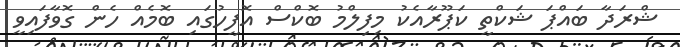
ޝްރަދާ ބައްޕަ ޝަކްތީ ކަޕޫރާއެކު މިފިލްމު ބޮކްސް އޮފީހުގައި ބޮމެއް ހެން ގޮވާފައިވީ